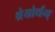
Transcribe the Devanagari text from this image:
श्रेयोर्थम्‌